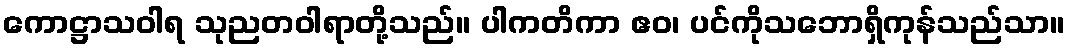
ကောဋ္ဌာသဝါရ သုညတဝါရာတို့သည်။ ပါကတိကာ ဧဝ၊ ပင်ကိုသဘောရှိကုန်သည်သာ။